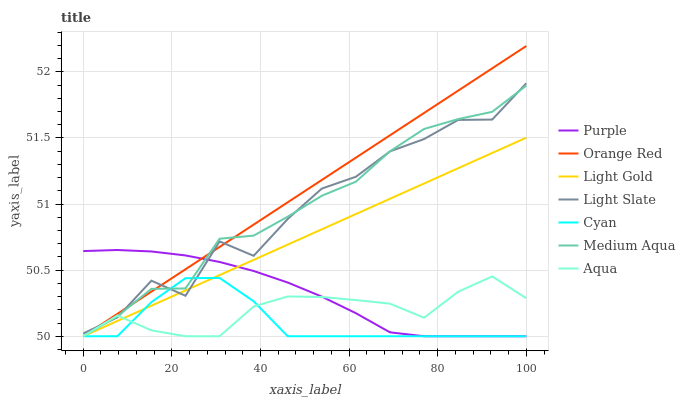
| xaxis_label | Purple | Orange Red | Light Gold | Light Slate | Cyan | Medium Aqua | Aqua |
 | --- | --- | --- | --- | --- | --- | --- | --- |
 | 0 | 50.6 | 50 | 50 | 50 | 50 | 50 | 50 |
 | 7.69 | 50.7 | 50.2 | 50.1 | 50.1 | 50 | 50.2 | 50.2 |
 | 15.4 | 50.6 | 50.3 | 50.2 | 50.4 | 50.3 | 50.4 | 50 |
 | 23.1 | 50.6 | 50.5 | 50.3 | 50.3 | 50.4 | 50.4 | 50 |
 | 30.8 | 50.6 | 50.7 | 50.5 | 50.7 | 50.4 | 50.7 | 50 |
 | 38.5 | 50.5 | 50.8 | 50.6 | 50.6 | 50.3 | 50.8 | 50.2 |
 | 46.2 | 50.4 | 51 | 50.7 | 50.9 | 50 | 50.9 | 50.3 |
 | 53.8 | 50.3 | 51.2 | 50.8 | 51.1 | 50 | 51.1 | 50.3 |
 | 61.5 | 50.2 | 51.4 | 50.9 | 51.2 | 50 | 51.2 | 50.3 |
 | 69.2 | 50 | 51.5 | 51 | 51.4 | 50 | 51.4 | 50.2 |
 | 76.9 | 50 | 51.7 | 51.2 | 51.5 | 50 | 51.6 | 50.1 |
 | 84.6 | 50 | 51.9 | 51.3 | 51.6 | 50 | 51.6 | 50.3 |
 | 92.3 | 50 | 52 | 51.4 | 51.6 | 50 | 51.7 | 50.5 |
 | 100 | 50 | 52.2 | 51.5 | 51.9 | 50 | 51.9 | 50.3 |